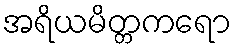
အရိယမိတ္တကရော